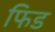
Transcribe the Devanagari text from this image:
फिड